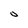
Character: o